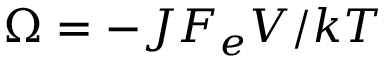
\Omega = - J F _ { e } V / { k T }